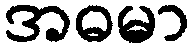
အဓမာ